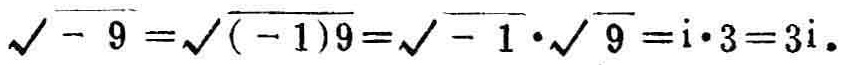
\(\sqrt{-9}=\sqrt{(-1)9}=\sqrt{-1}\cdot\sqrt{9}=\mathrm{i}\cdot3 = 3\mathrm{i}\)